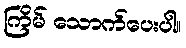
ကြိမ် သောက်ပေးပါ။